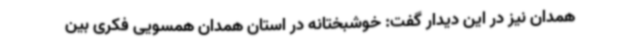
همدان نیز در این دیدار گفت: خوشبختانه در استان همدان همسویی فکری بین